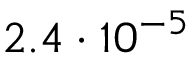
2 . 4 \cdot 1 0 ^ { - 5 }